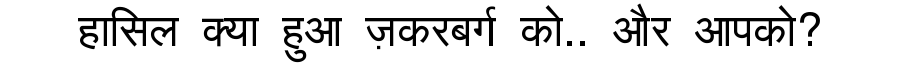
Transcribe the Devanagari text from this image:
हासिल क्या हुआ ज़करबर्ग को.. और आपको?